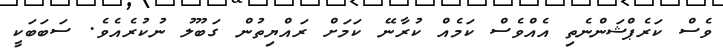
ވެސް ކަރެޕްޝަންނެތި އެއްވެސް ކަމެއް ކުރާނޭ ކަމަށް ރައްޔިތުން ގަބޫލު ނުކުރެއެވެ. ސަބަބަކީ